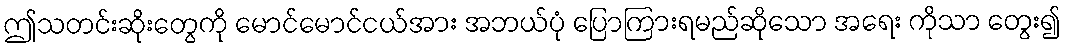
ဤသတင်းဆိုးတွေကို မောင်မောင်ငယ်အား အဘယ်ပုံ ပြောကြားရမည်ဆိုသော အရေး ကိုသာ တွေး၍